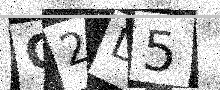
Text: G2D5